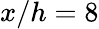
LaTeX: x/h=8